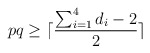
\begin{align*}pq\ge \lceil \frac{\sum_{i=1}^4 d_i -2}{2} \rceil\end{align*}